Civil Veterinary Department. United Provinces 1923-31 - 1923-1931
Year: 1923
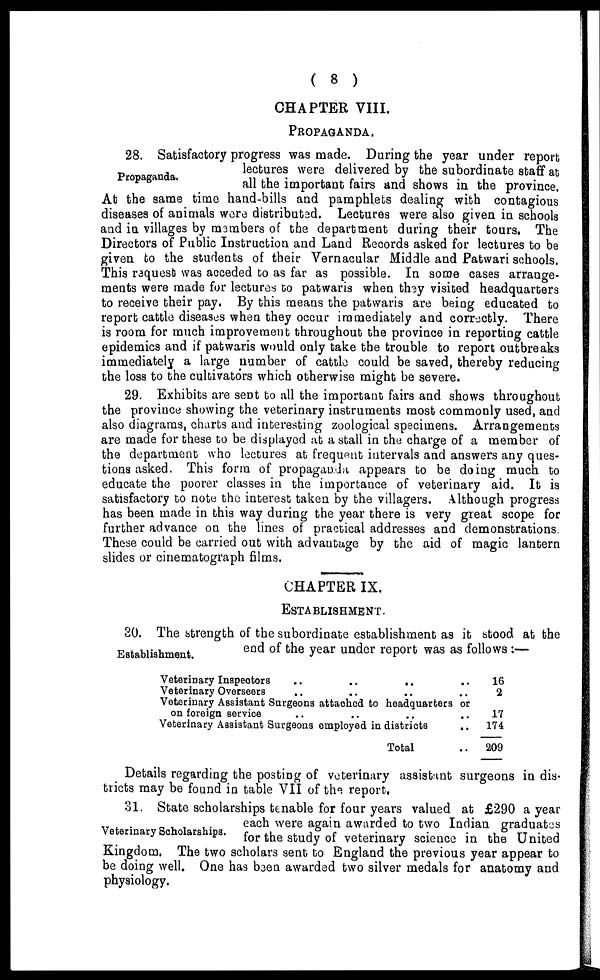
( 8 )
CHAPTER VIII.
PROPAGANDA.
Propaganda.
28. Satisfactory progress was made. During the year under report
lectures were delivered by the subordinate staff at
all the important fairs and shows in the province.
At the same time hand-bills and pamphlets dealing with contagious
diseases of animals were distributed. Lectures were also given in schools
and in villages by members of the department during their tours, The
Directors of Public Instruction and Land Records asked for lectures to be
given to the students of their Vernacular Middle and Patwari schools.
This request was acceded to as far as possible. In some cases arrange-
ments were made for lectures to patwaris when they visited headquarters
to receive their pay. By this means the patwaris are being educated to
report cattle diseases when they occur immediately and correctly. There
is room for much improvement throughout the province in reporting cattle
epidemics and if patwaris would only take the trouble to report outbreaks
immediately a large number of cattle could be saved, thereby reducing
the loss to the cultivators which otherwise might be severe.
29. Exhibits are sent to all the important fairs and shows throughout
the province showing the veterinary instruments most commonly used, and
also diagrams, charts and interesting zoological specimens. Arrangements
are made for these to be displayed at a stall in the charge of a member of
the department who lectures at frequent intervals and answers any ques-
tions asked. This form of propaganda appears to be doing much to
educate the poorer classes in the importance of veterinary aid. It is
satisfactory to note the interest taken by the villagers. Although progress
has been made in this way during the year there is very great scope for
further advance on the lines of practical addresses and demonstrations.
These could be carried out with advantage by the aid of magic lantern
slides or cinematograph films.
CHAPTER IX.
ESTABLISHMENT.
Establishment.
SO. The strength of the subordinate establishment as it stood at the
end of the year under report was as follows:—
Veterinary Inspectors .. .. .. ..
Veterinary Overseers
Veterinary Assistant Surgeons attached to headquarters or
on foreign service
Veterinary Assistant Surgeons employed in districts
Total
16
2
17
174
209
Details regarding the posting of veterinary assistant surgeons in dis-
tricts may be found in table VII of the report.
Veterinary Scholarships.
31. State scholarships tenable for four years valued at £290 a year
each were again awarded to two Indian graduates
for the study of veterinary science in the United
Kingdom, The two scholars sent to England the previous year appear to
be doing well. One has been awarded two silver medals for anatomy and
physiology.